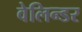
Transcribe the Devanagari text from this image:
वेलिन्डर